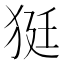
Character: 㹶